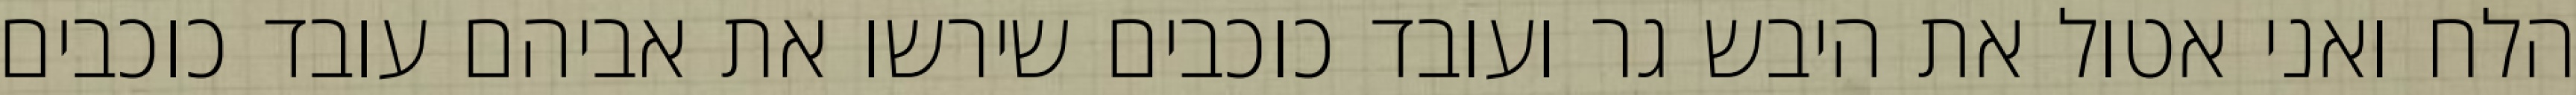
הלח ואני אטול את היבש גר ועובד כוכבים שירשו את אביהם עובד כוכבים